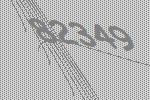
82349